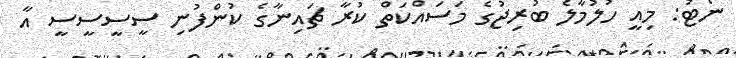
ނޯޓު: މިއީ ހުލުމާލެ ބުރިޖުގެ މަސައްކަތް ކުރާ ޗައިނާގެ ކުންފުނި ސީސީސީސީ އާ